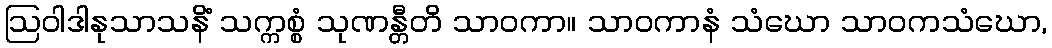
ဩဝါဒါနုသာသနိံ သက္ကစ္စံ သုဏန္တီတိ သာဝကာ။ သာဝကာနံ သံဃော သာဝကသံဃော,